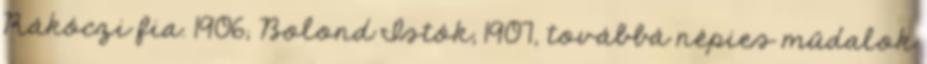
Rákóczi fia. 1906; Bolond Istók, 1907, továbbá népies műdalok